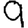
Digit: 9